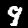
Digit: 9